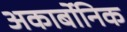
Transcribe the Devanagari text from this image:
अकार्बोनिक